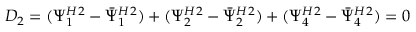
D _ { 2 } = ( { \Psi _ { 1 } ^ { H } } { } ^ { 2 } - { \bar { \Psi } _ { 1 } ^ { H } } { } ^ { 2 } ) + ( { \Psi _ { 2 } ^ { H } } { } ^ { 2 } - { \bar { \Psi } _ { 2 } ^ { H } } { } ^ { 2 } ) + ( { \Psi _ { 4 } ^ { H } } { } ^ { 2 } - { \bar { \Psi } _ { 4 } ^ { H } } { } ^ { 2 } ) = 0